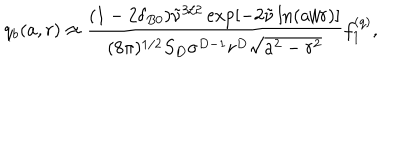
q _ { b } ( a , r ) \approx \frac { ( 1 - 2 \delta _ { B 0 } ) \tilde { \nu } ^ { 3 / 2 } \exp \left[ - 2 \tilde { \nu } \ln ( a / r ) \right] } { ( 8 \pi ) ^ { 1 / 2 } S _ { D } \sigma ^ { D - 1 } r ^ { D } \sqrt { a ^ { 2 } - r ^ { 2 } } } f _ { 1 } ^ { ( q ) } ,